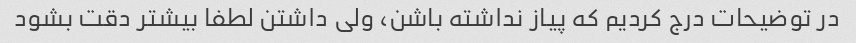
در توضیحات درج کردیم که پیاز نداشته باشن، ولی داشتن لطفا بیشتر دقت بشود